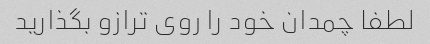
لطفا چمدان خود را روی ترازو بگذارید